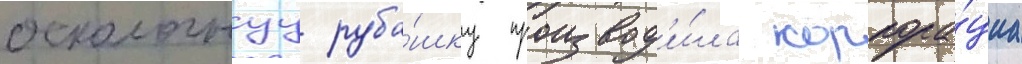
осколочнуу руба́шку производ'и́ла корпора́циа